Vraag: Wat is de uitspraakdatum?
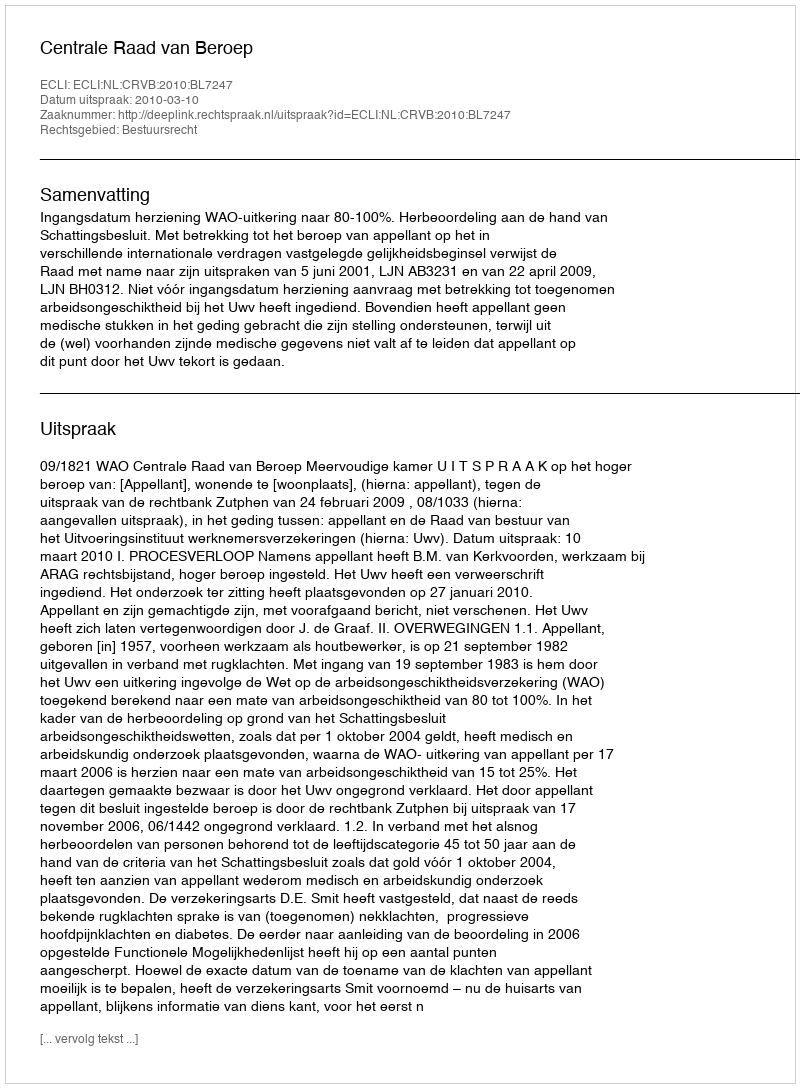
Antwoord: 2010-03-10